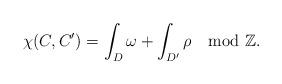
LaTeX: \begin{align*}\chi(C, C') = \int_{D} \omega + \int_{D'} \rho \mod \mathbb{Z}.\end{align*}